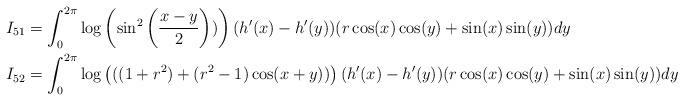
LaTeX: \begin{align*}I_{51} & = \int_{0}^{2\pi}\log\left(\sin^{2}\left(\frac{x-y}{2}\right))\right)(h'(x)-h'(y))(r\cos(x)\cos(y)+\sin(x)\sin(y))dy \\ I_{52} & = \int_{0}^{2\pi}\log\left(((1+r^2)+(r^2-1)\cos(x+y))\right)(h'(x)-h'(y))(r\cos(x)\cos(y)+\sin(x)\sin(y))dy \\\end{align*}